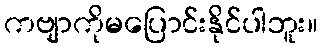
ကဗျာကိုမပြောင်းနိုင်ပါဘူး။